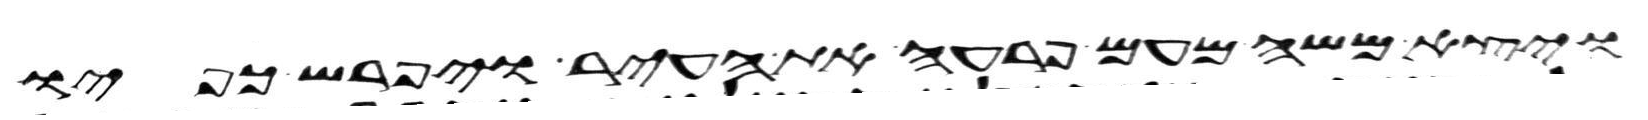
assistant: ויצא משה מעם פרעה את העיר ויפרש כפיו